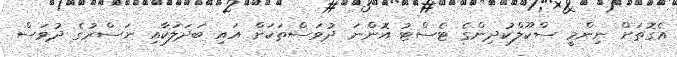
އެގޮތަށް ނިންމީ ސްކޫލްކުދިންގެ ޓެސްޓު އޮންނަ ދުވަސްތަކަށް އައި ބަދަލަކާއި ނަސްރުގެ ދުވަސް